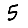
Digit: 5